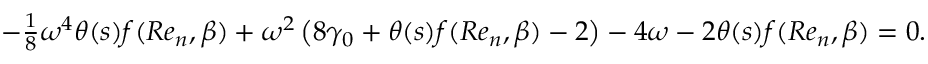
\begin{array} { r } { - \frac { 1 } { 8 } \omega ^ { 4 } \theta ( s ) f ( R e _ { n } , \beta ) + \omega ^ { 2 } \left( 8 \gamma _ { 0 } + \theta ( s ) f ( R e _ { n } , \beta ) - 2 \right) - 4 \omega - 2 \theta ( s ) f ( R e _ { n } , \beta ) = 0 . } \end{array}